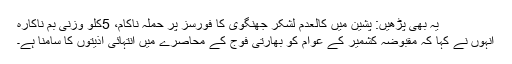
یہ بھی پڑھیں: پشین میں کالعدم لشکر جھنگوی کا فورسز پر حملہ ناکام، 5کلو وزنی بم ناکارہ
انہوں نے کہا کہ مقبوضہ کشمیر کے عوام کو بھارتی فوج کے محاصرے میں انتہائی اذیتوں کا سامنا ہے۔